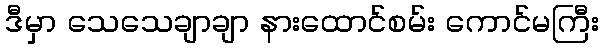
ဒီမှာ သေသေချာချာ နားထောင်စမ်း ကောင်မကြီး